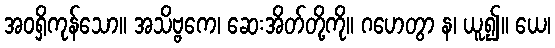
အဝရှိကုန်သော။ အသိဗ္ဗကေ၊ ဆေးအိတ်တို့ကို။ ဂဟေတွာ န၊ ယူ၍။ ယေ၊